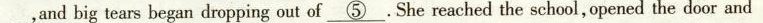
___ ,and big tears began dropping out of \underline{⑤} She reached the school, opened the door and